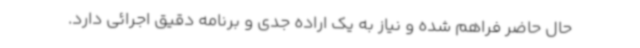
حال‌ حاضر فراهم شده و نیاز به یک اراده جدی و برنامه دقیق اجرائی دارد.